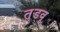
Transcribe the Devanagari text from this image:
तुडवू